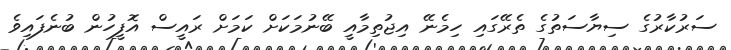
ސަރުކާރުގެ ސިޔާސަތުގެ ތެރޭގައި ހިމެނޭ އިޖުތިމާއީ ބޭނުމަކަށް ކަމަށް ރައީސް އޮފީހުން ބުނެފައިވެ